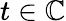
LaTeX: t\in\mathbb{C}